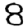
Digit: 8